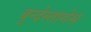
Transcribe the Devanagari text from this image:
बुन्देस्तागेस